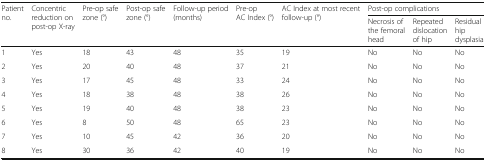
| <ROWSPAN=2> Patient no. | <ROWSPAN=2> Concentric reduction on post-op X-ray | <ROWSPAN=2> Pre-op safe zone (°) | <ROWSPAN=2> Post-op safe zone (°) | <ROWSPAN=2> Follow-up period (months) | <ROWSPAN=2> Pre-op AC Index (°) | <ROWSPAN=2> AC Index at most recent follow-up (°) | <COLSPAN=3> Post-op complications |
 | Necrosis of the femoral head | Repeated dislocation of hip | Residual hip dysplasia |
 | --- | --- | --- | --- | --- | --- | --- | --- | --- | --- |
 | 1 | Yes | 18 | 43 | 48 | 35 | 19 | No | No | No |
 | 2 | Yes | 20 | 40 | 48 | 37 | 21 | No | No | No |
 | 3 | Yes | 17 | 45 | 48 | 33 | 24 | No | No | No |
 | 4 | Yes | 18 | 38 | 48 | 38 | 26 | No | No | No |
 | 5 | Yes | 19 | 40 | 48 | 38 | 23 | No | No | No |
 | 6 | Yes | 8 | 50 | 48 | 65 | 23 | No | No | No |
 | 7 | Yes | 10 | 45 | 42 | 36 | 20 | No | No | No |
 | 8 | Yes | 30 | 36 | 42 | 40 | 19 | No | No | No |